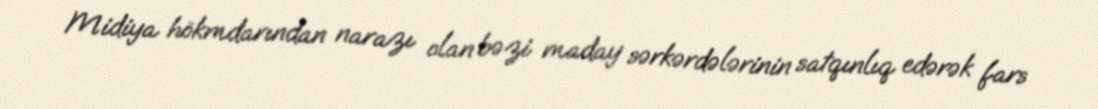
Midiya hökmdarından narazı olan bəzi maday sərkərdələrinin satqınlıq edərək fars